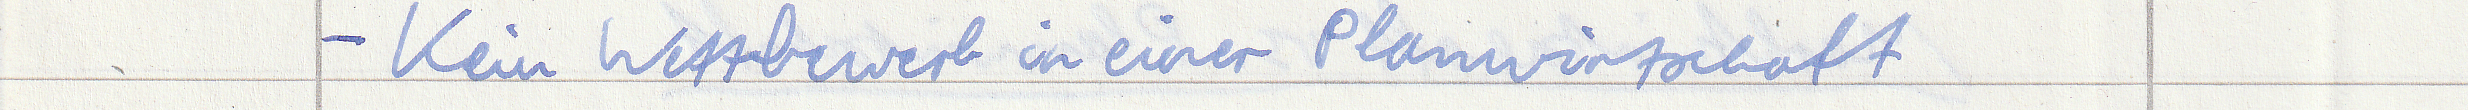
- Kein Wettbewerb in einer Planwirtschaft